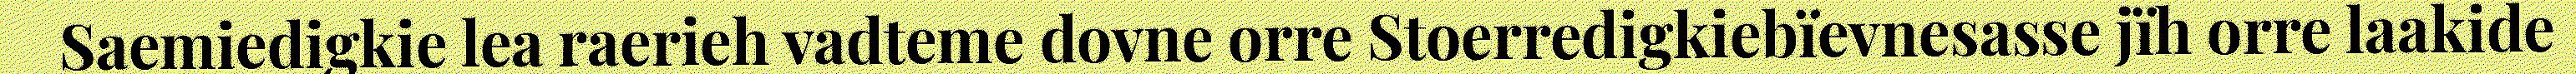
Saemiedigkie lea raerieh vadteme dovne orre Stoerredigkiebïevnesasse jïh orre laakide